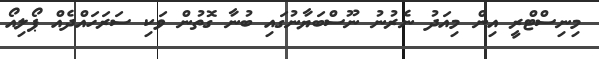
މިނިސްޓްރީ އިން މިއަދު ނެރުނު ނޫސްބަޔާނުގައި ބުނާ ގޮތުން ވަކި ސަރަހައްދެއް ޕޯލިއޯ